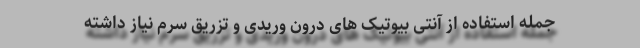
جمله استفاده از آنتی بیوتیک های درون وریدی و تزریق سرم نیاز داشته